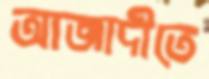
আজাদীতে